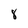
Character: 8